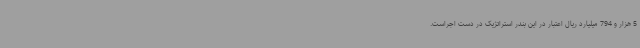
5 هزار و 794 میلیارد ریال اعتبار در این بندر استراتژیک در دست اجراست.